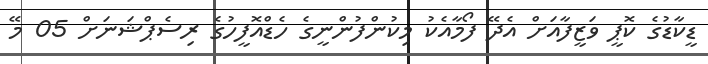
ޑީކާޑުގެ ކޮޕީ ވަޒީފާއަށް އެދޭ ފޯމާއެކު މިކުންފުންނީގެ ހެޑްއޮފީހުގެ ރިސެޕްޝަނަށް 05 މޭ